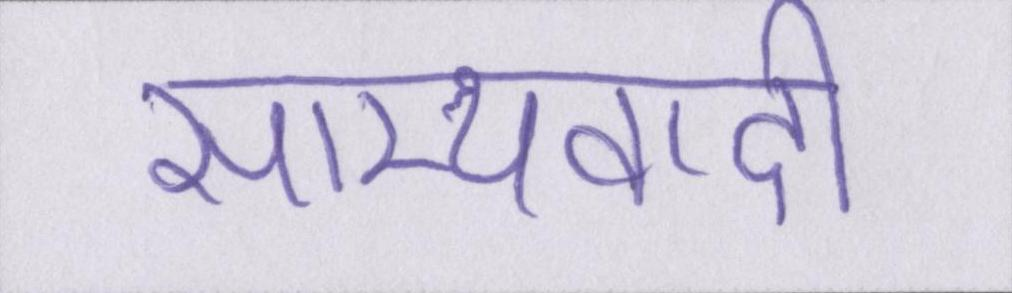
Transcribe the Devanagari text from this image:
साम्यवादी